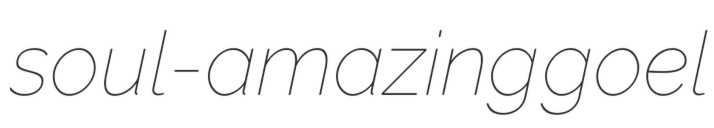
soul-amazing goel